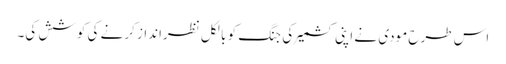
اس طرح مودی نے اپنی کشمیر کی جنگ کو بالکل نظرانداز کرنے کی کوشش کی۔